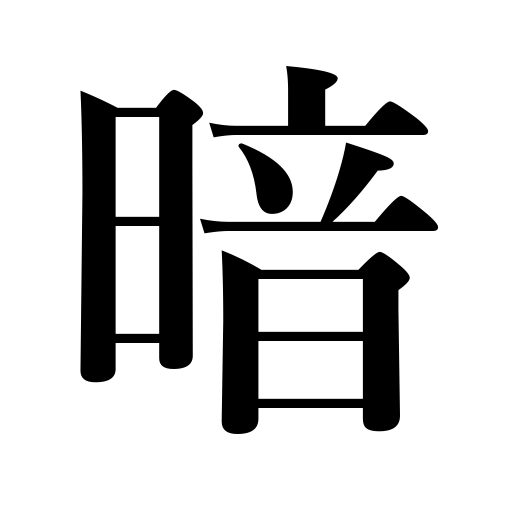
Meanings: somber,dark,dim,ignorant,faint,gloomy